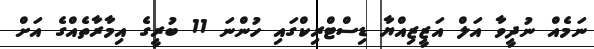
ނަމެއް ނުދީވާ އަލް އަޒީޒިއްޔާ ޑިސްޓްރިކްގައި ހުންނަ 11 ބުރީގެ އިމާރާތެއްގެ އަށް